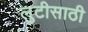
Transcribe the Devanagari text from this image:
लुटीसाठी